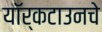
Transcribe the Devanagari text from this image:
यॉर्कटाउनचे